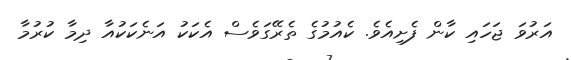
އަރުވަ ޖަހައި ކާން ފެށިއެވެ. ކެއުމުގެ ތެރޭގަވެސް އެކަކު އަނެކަކުއާ ދިމާ ކުުރުމާ